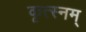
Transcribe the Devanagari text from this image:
कृत्स्नम्‌